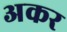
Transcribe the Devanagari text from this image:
अकर